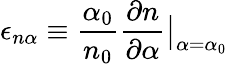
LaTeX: \epsilon_{n\alpha}\equiv\frac{\alpha_{0}}{n_{0}}\frac{\partial n}{\partial\alpha}\big|_{\alpha=\alpha_{0}}